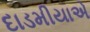
દાડમીયાએ